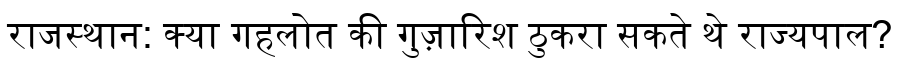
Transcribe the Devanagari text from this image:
राजस्थान: क्या गहलोत की गुज़ारिश ठुकरा सकते थे राज्यपाल?